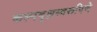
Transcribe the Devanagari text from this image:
कल्पवृक्षस्वरूपिणे